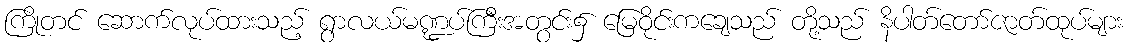
ကြိုတင် ဆောက်လုပ်ထားသည့် ရွာလယ်မဏ္ဍပ်ကြီးအတွင်း၌ မြေဝိုင်းကချေသည် တို့သည် နိပါတ်တော်ဇာတ်ထုပ်များ